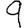
Digit: 9